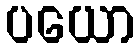
ပယော